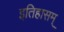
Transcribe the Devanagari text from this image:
इतिहासम्